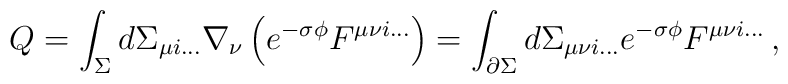
Q=\int_{\Sigma} d\Sigma_{\mu i\dots}\nabla_{\nu}\left( e^{-\sigma\phi} F^{\mu \nu i \dots}\right) =\int_{\partial\Sigma} d\Sigma_{\mu\nu i\dots} e^{-\sigma\phi}F^{\mu\nu i \dots}\,,